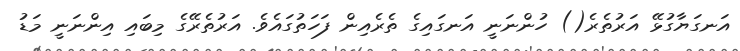
އަނގަޔާގުޅޭ އަރުތެރެ() ހުންނަނީ އަނގައިގެ ތެރެއިން ފަހަތުގައެވެ. އަރުތެރޭގެ މިބައި އިންނަނީ މަޑު